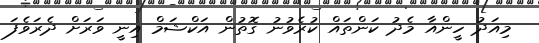
މިއަދު ހީންއާ މެދު ކަންތައް ކުރެވުނު ގޮތުން އަކްޝަމް އިނީ ވަރަށް ދެރަވެފަ